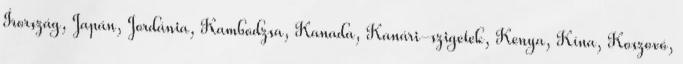
Írország, Japán, Jordánia, Kambodzsa, Kanada, Kanári-szigetek, Kenya, Kína, Koszovó,